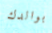
بوالدك